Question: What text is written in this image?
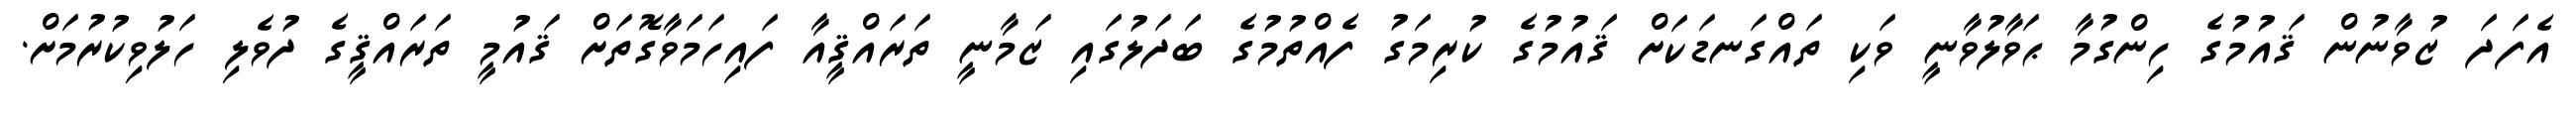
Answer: އެފަދަ ޒުވާނުން ޤައުމުގެ ހިންގުމާ ޙަވާލުވާނީ ވަކި ތައްގަނޑަކަށް ޤައުމުގެ ކުރިމަގު ފެއްތުމުގެ ބަދަލުގައި ޒަމާނީ ތަރައްޤީއާ ފައިހަމަވާގޮތަށް ޤައުމީ ތަރައްޤީގެ ދުވެލި ހަލުވިކުރުމަށް.